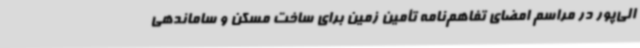
الی‌پور در مراسم امضای تفاهم‌نامه تأمین زمین برای ساخت مسکن و ساماندهی